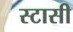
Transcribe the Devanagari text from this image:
स्टासी